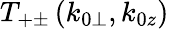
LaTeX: T_{+\pm}\left(k_{0\perp},k_{0z}\right)